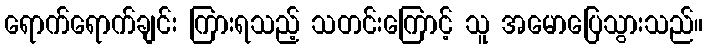
ရောက်ရောက်ချင်း ကြားရသည့် သတင်းကြောင့် သူ အမောပြေသွားသည်။